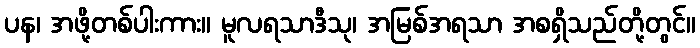
ပန၊ အဖို့တစ်ပါးကား။ မူလရသာဒီသု၊ အမြစ်အရသာ အစရှိသည်တို့တွင်။